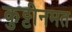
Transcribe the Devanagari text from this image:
कुट्टीनमत